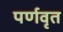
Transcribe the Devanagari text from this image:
पर्णवृत